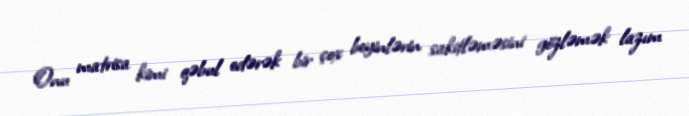
Onu matrisa kimi qəbul edərək bir çox beyinlərin sakitləməsini gözləmək lazım